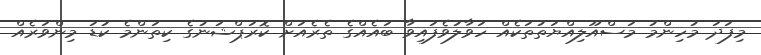
މިފަދަ މުހިންމު މަސްއޫލިއްޔަތުތަކެއް ހަވާލުވެފައިވާ ބައެއްގެ ތެރެއަށް ކޮރަޕްޝަނުގެ ކިތަންމެ ކުޑަ މިންވަރެއް